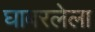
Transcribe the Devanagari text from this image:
घाबरलेला